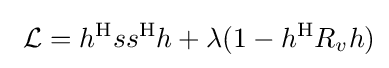
\ {\mathcal {L}}=h^{\mathrm {H} }ss^{\mathrm {H} }h+\lambda (1-h^{\mathrm {H} }R_{v}h)